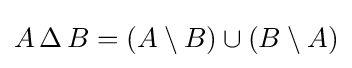
A\,\Delta \,B=\left(A\setminus B\right)\cup \left(B\setminus A\right)